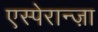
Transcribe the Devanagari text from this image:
एस्पेरान्ज़ा